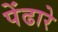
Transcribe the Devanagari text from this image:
पेंढारे